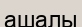
ашалы